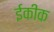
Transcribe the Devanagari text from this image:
ईकीक